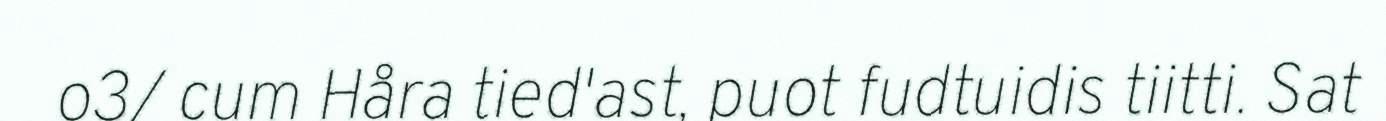
o3/ cum Håra tied'ast, puot fudtuidis tiitti. Sat